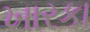
ખારકા